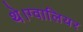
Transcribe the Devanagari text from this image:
थे।ग्वालियर